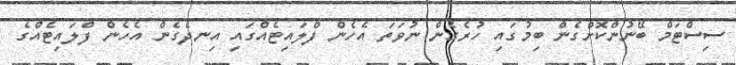
ސިސްޓަމް ބޭނުންކޮށްގެން ބިމުގައި ހުރެގެން ނުވަތަ އެހެން ފްލަައިޓެއްގައި އިނދެގެން އެހެން ފްލައިޓެއްގެ